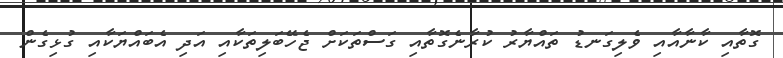
ގޮތާއި ކާނާއާއި ވެލިގަނޑު ތައްޔާރު ކުރާނެގޮތާއި ގަސްތަކަށް ޖެހޭބަލިތަކާއި އަދި އެބައްޔަކާއި ގުޅިގެން